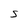
Character: S